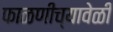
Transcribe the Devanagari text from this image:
फाळणीच्यावेळी